38_143685_box7_Incident_Summaries_1-100
Agency: Department of War
Page 89
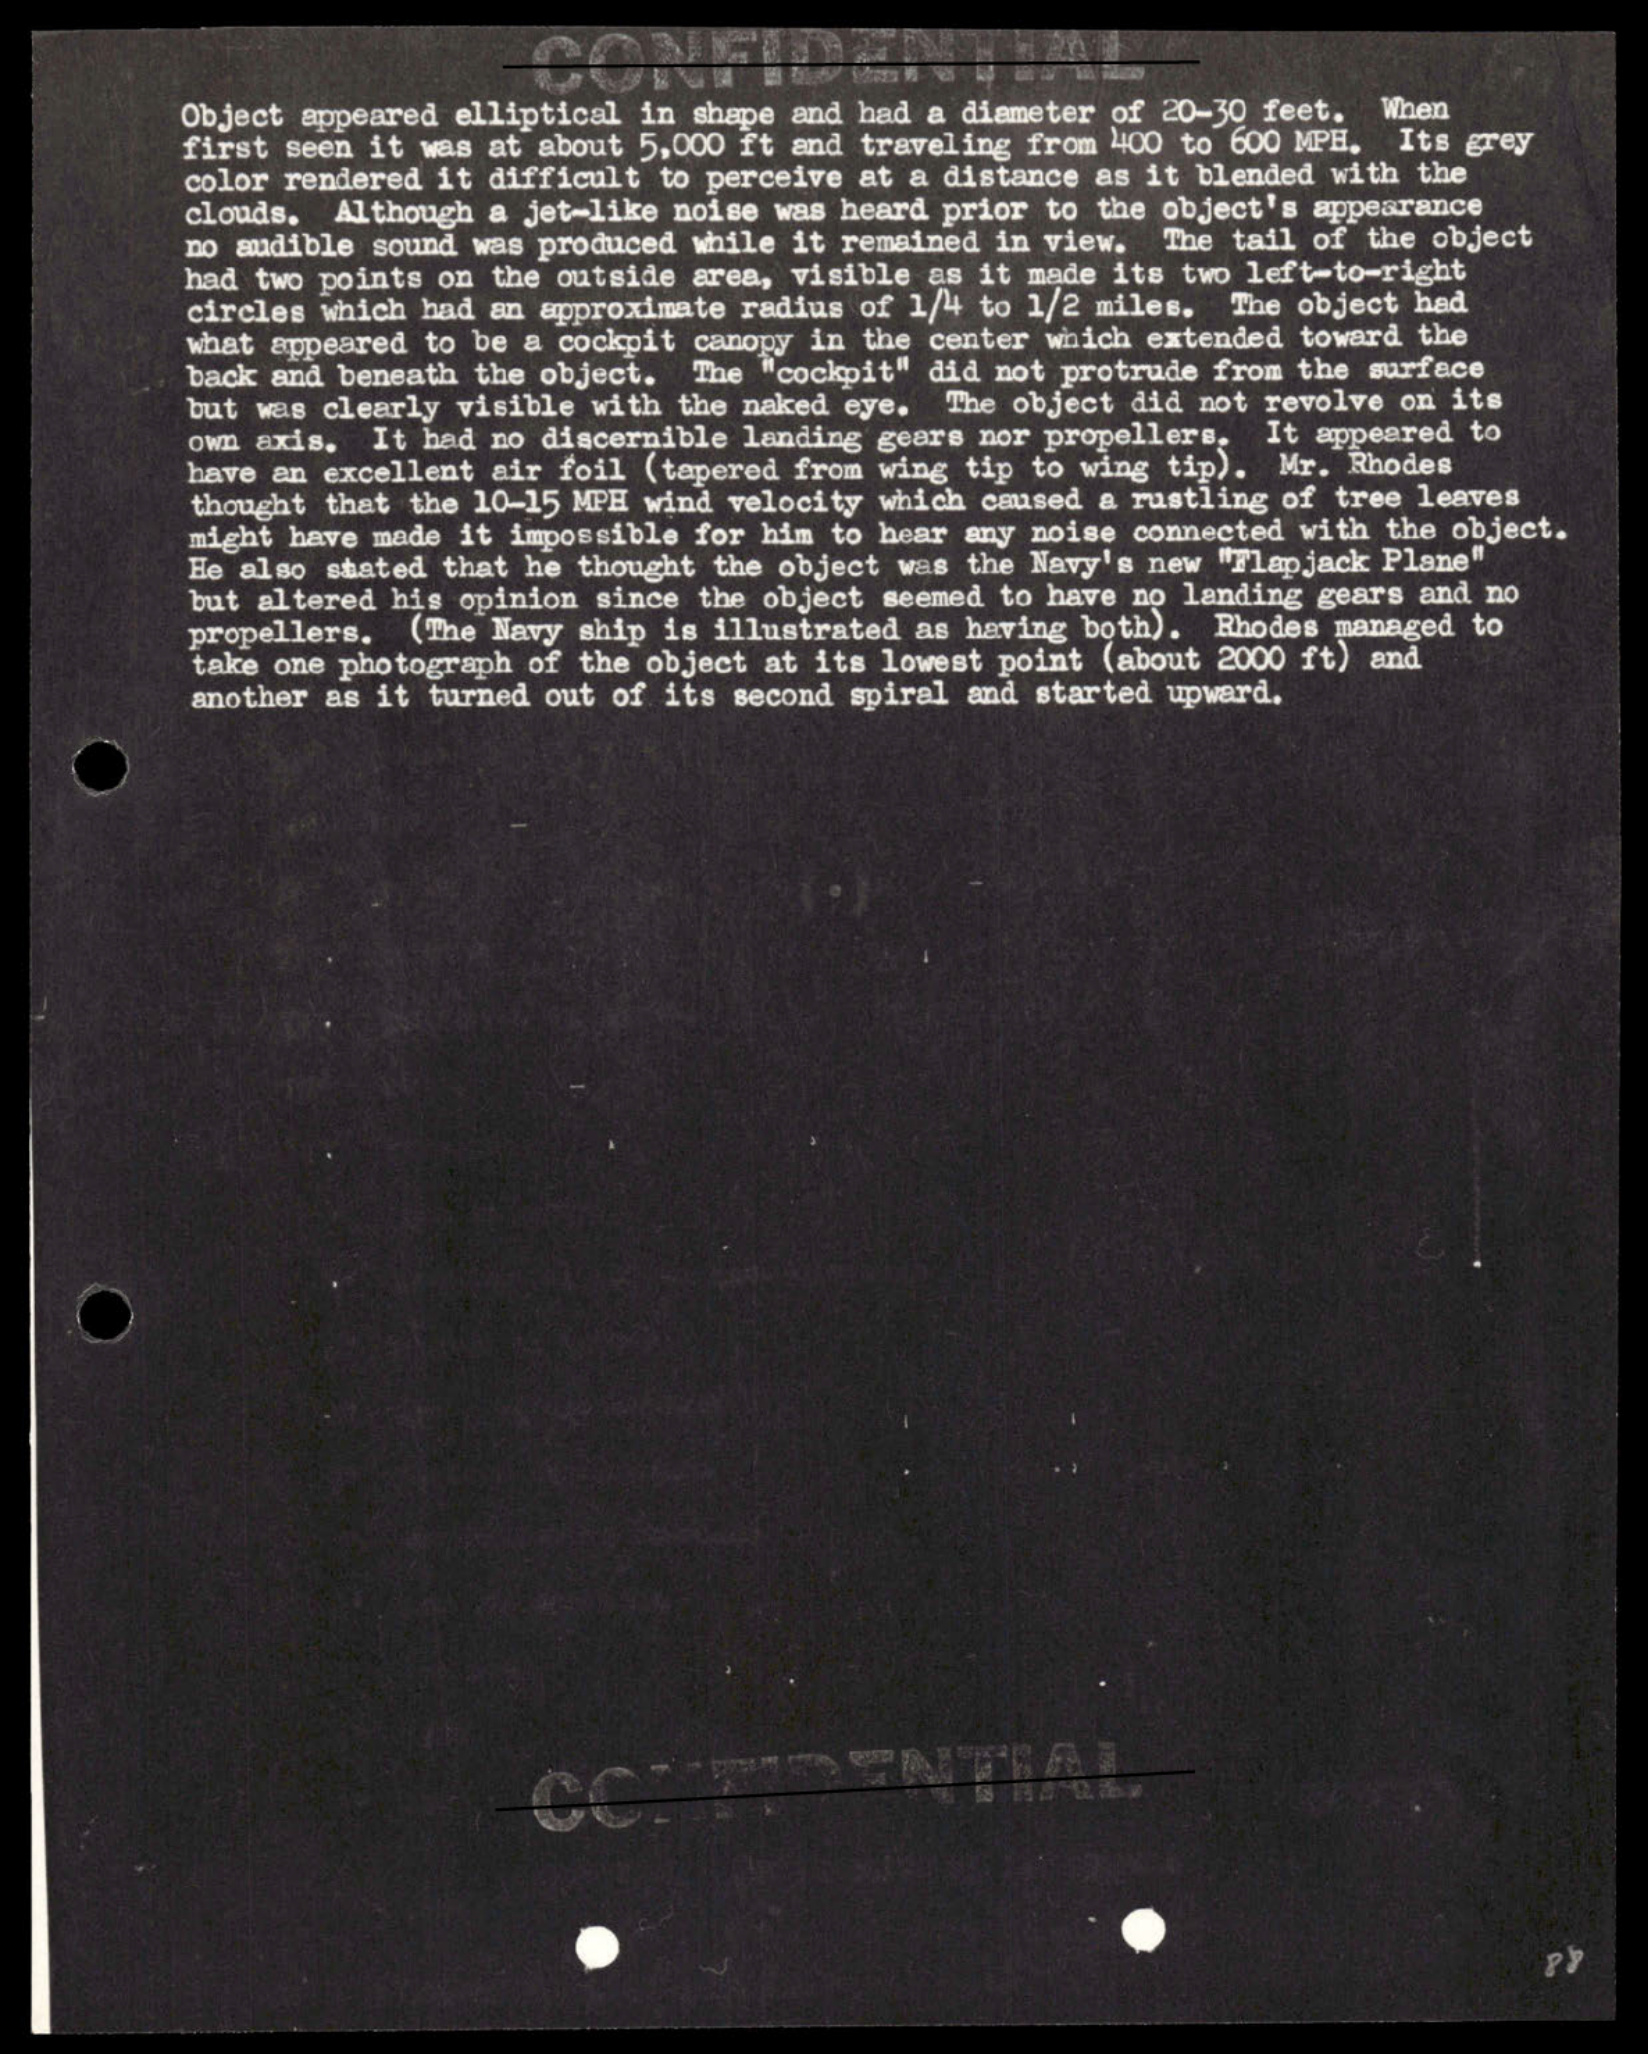